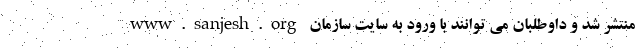
www.sanjesh.org منتشر شد و داوطلبان می توانند با ورود به سایت سازمان